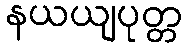
နယယျပုတ္တ